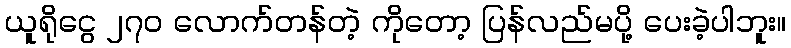
ယူရိုငွေ ၂၇၀ လောက်တန်တဲ့ ကိုတော့ ပြန်လည်မပို့ ပေးခဲ့ပါဘူး။